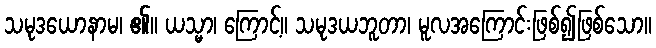
သမုဒယောနာမ၊ ၏။ ယသ္မာ၊ ကြောင့်။ သမုဒယဘူတာ၊ မူလအကြောင်းဖြစ်၍ဖြစ်သော။